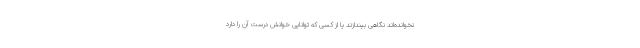
نخوانده‌اند نگاهی بیندازند یا از کسی که توانایی خوانش درست آن را دارد